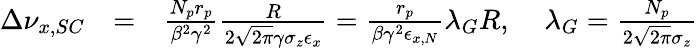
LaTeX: \begin{array}{rlr}{\Delta\nu_{x,SC}}&{=}&{\frac{N_{p}r_{p}}{\beta^{2}\gamma^{2}}\frac{R}{2\sqrt{2\pi}\gamma\sigma_{z}\epsilon_{x}}=\frac{r_{p}}{\beta\gamma^{2}\epsilon_{x,N}}\lambda_{G}R,\; \; \; \; \lambda_{G}=\frac{N_{p}}{2\sqrt{2\pi}\sigma_{z}}}\end{array}